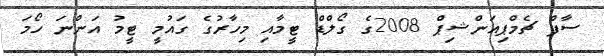
ސާފް ޗެމްޕިއަންޝިޕް 2008ގެ ގޯލްޑް ޓީމާއި މިހާރުގެ ގައުމީ ޓީމު އަންނަ ހޯމަ